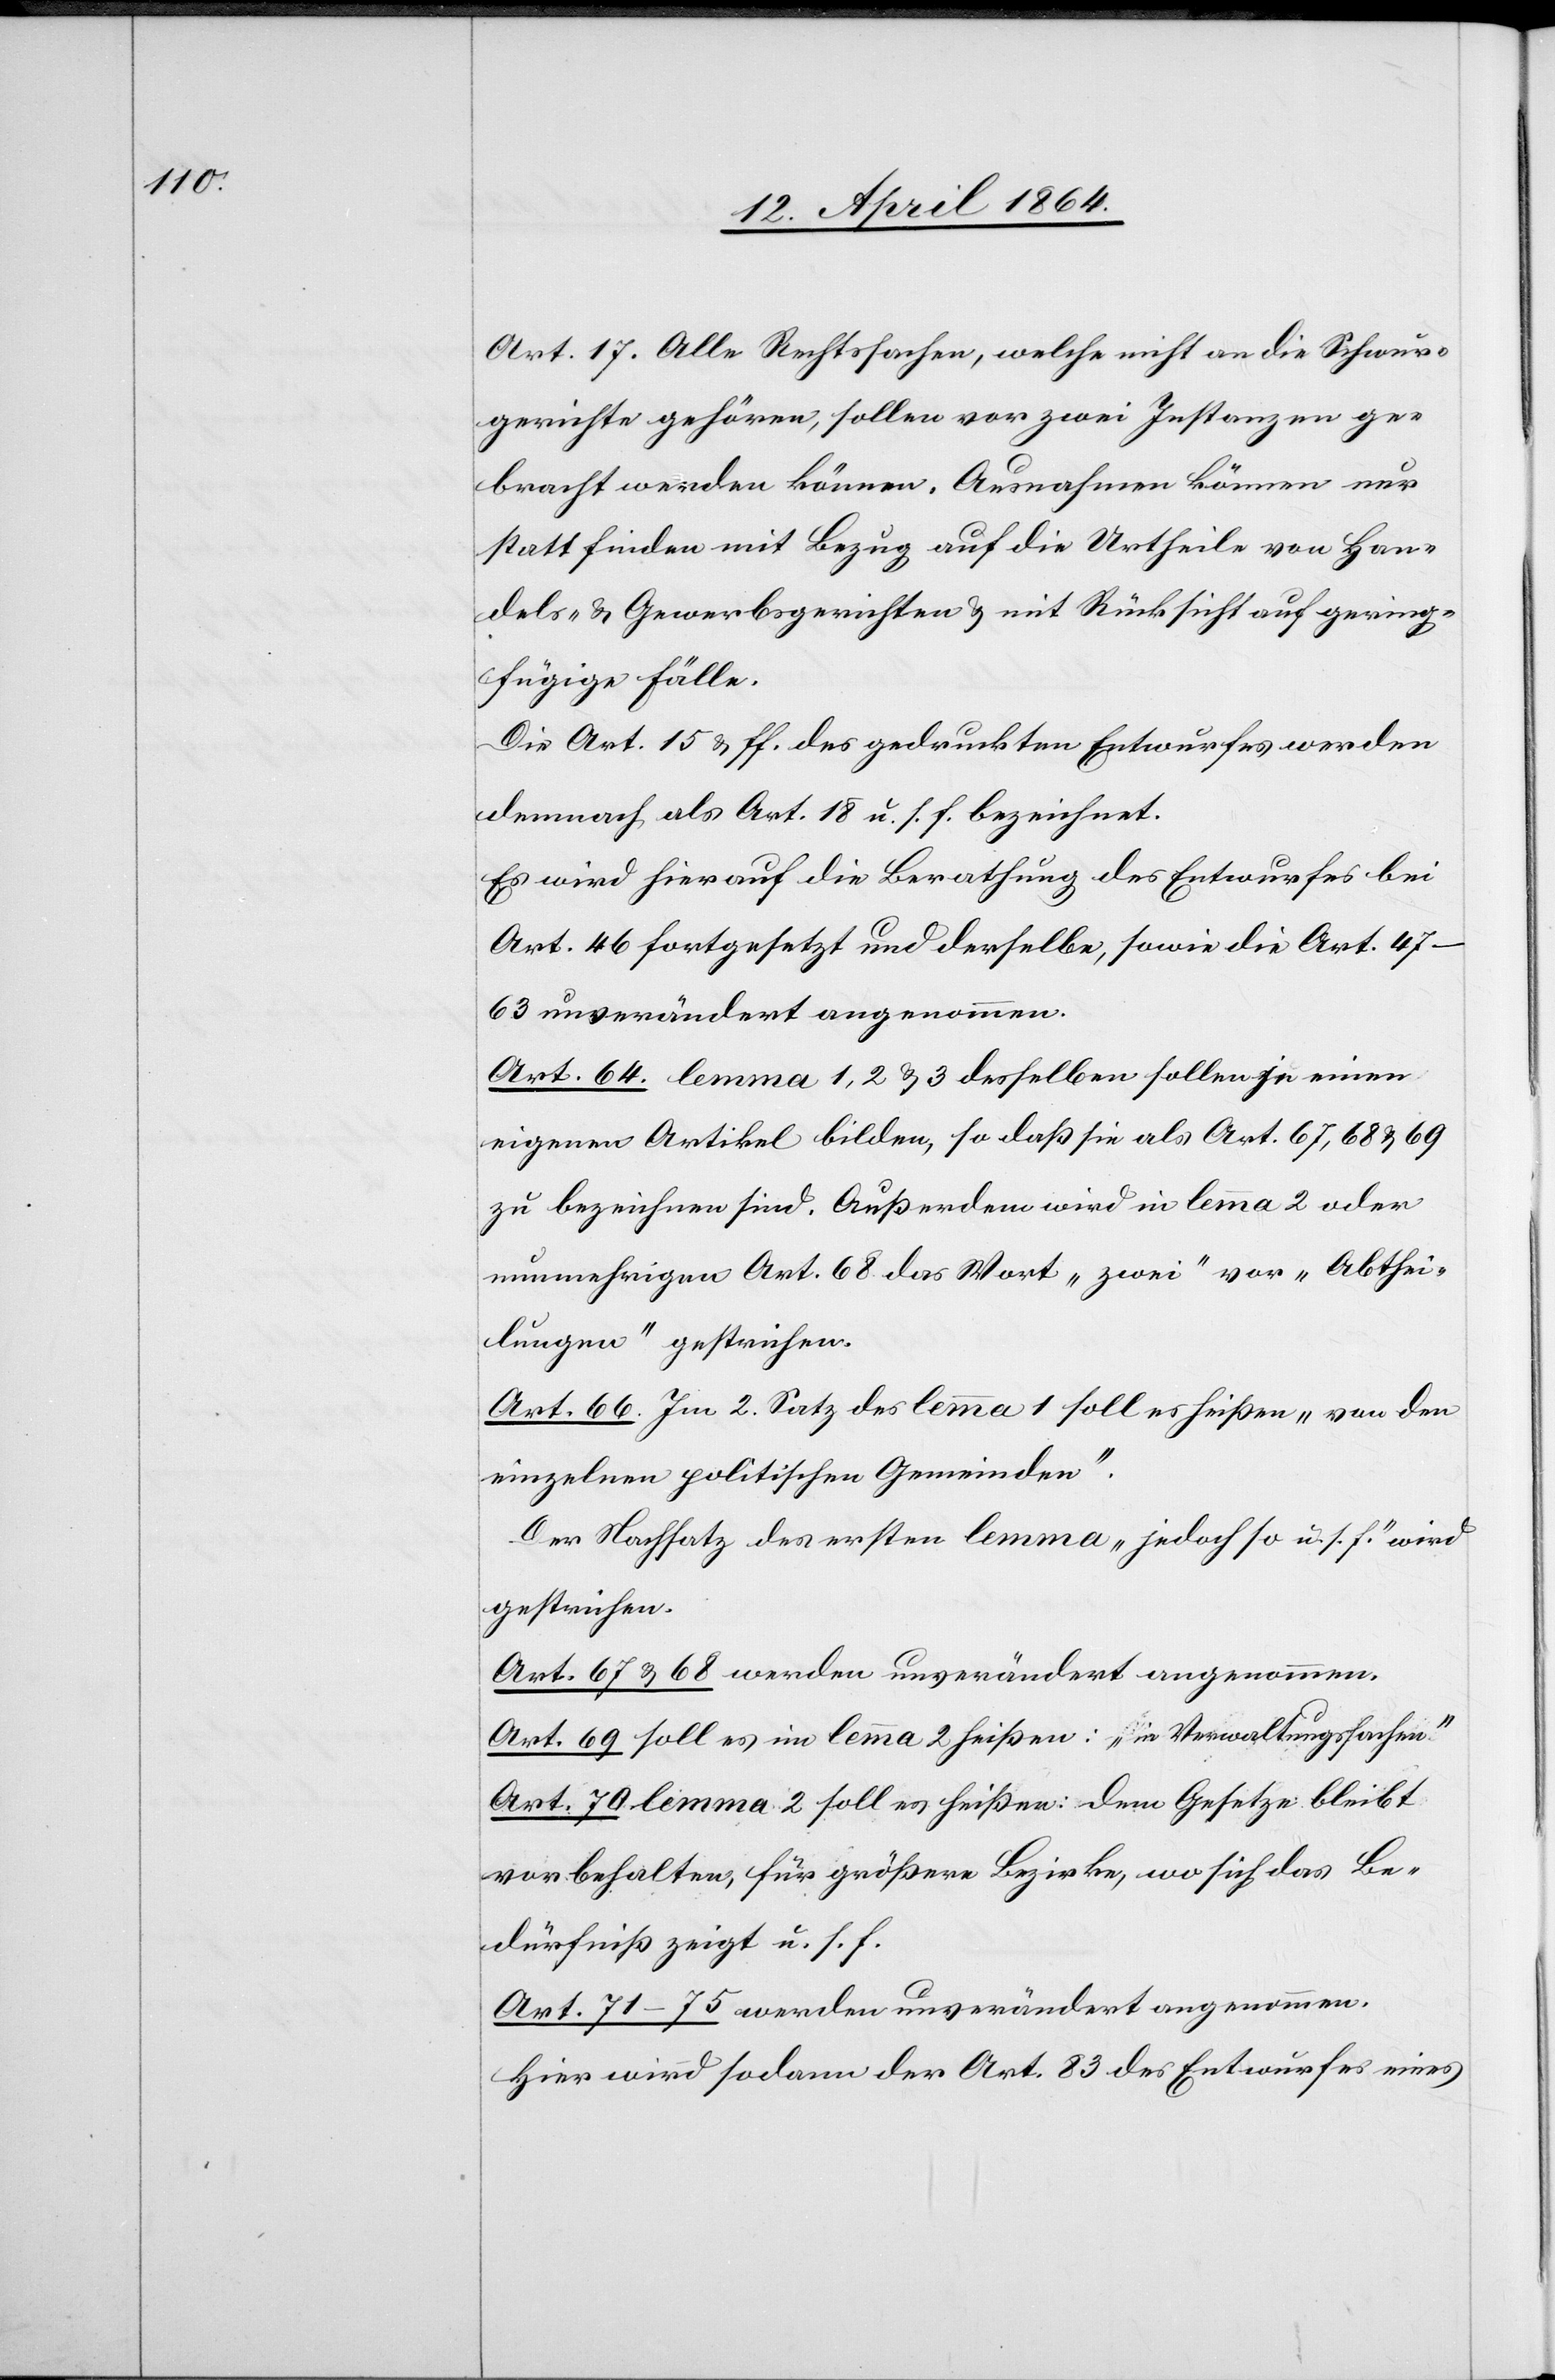
Art. 17. Alle Rechtssachen, welche nicht an die Schwur¬
gerichte gehören, sollen vor zwei Instanzen ge¬
bracht werden können. Ausnahmen können nur
stattfinden mit Bezug auf die Urtheile von Han¬
dels- u. Gewerbsgerichten u. mit Rücksicht auf gering¬
fügige Fälle.
Die Art. 15 u. ff. des gedruckten Entwurfes werden
demnach als Art. 18 u. s. f. bezeichnet.
Es wird hierauf die Berathung des Entwurfes bei
Art. 46 fortgesetzt und derselbe, sowie die Art. 47–63
unverändert angenommen.
Art. 64. lemma 1, 2 u. 3 desselben sollen je einen
eigenen Artikel bilden, so daß sie als Art. 67, 68 u. 69
zu bezeichnen sind. Außerdem wird in lemma 2 oder
nunmehrigen Art. 68 das Wort „zwei“ vor „Abthei¬
lungen“ gestrichen.
Art. 66. Im 2. Satz das lemma 1 soll es heißen „von den
einzelnen politischen Gemeinden“.
Der Nachsatz des ersten lemma „jedoch so u. s. f.“ wird
gestrichen.
Art. 67 u. 68 werden unverändert angenommen.
Art. 69 soll es im lemma 2 heißen: „in Verwaltungssachen“
Art. 70 lemma 2 soll es heißen: Dem Gesetze bleibt
vorbehalten, für größere Bezirke, wo sich das Be¬
dürfniß zeigt u. s. f.
Art. 71–75 werden unverändert angenommen.
Hier wird sodann der Art. 83 des Entwurfes eines